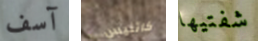
آسف كاتنيس شفتيها